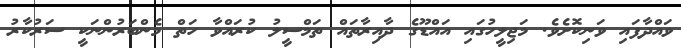
ވައްދާފައި ވަނިކޮށެވެ. މަޖިލީހުގައި އައްޑޫގެ ދާއިރާތައް ތަމްސީލު ކުރައްވާ ހަތް މެންބަރުންނަކީ ސަރުކާރު